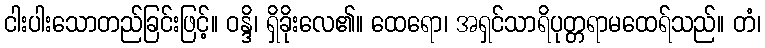
ငါးပါးသောတည်ခြင်းဖြင့်။ ဝန္ဒိ၊ ရှိခိုးလေ၏။ ထေရော၊ အရှင်သာရိပုတ္တရာမထေရ်သည်။ တံ၊